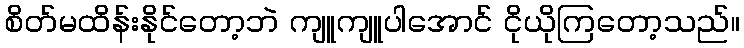
စိတ်မထိန်းနိုင်တော့ဘဲ ကျူကျူပါအောင် ငိုယိုကြတော့သည်။